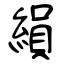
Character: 縜